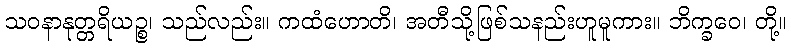
သဝနာနုတ္တရိယဉ္စ၊ သည်လည်း။ ကထံဟောတိ၊ အတီသို့ဖြစ်သနည်းဟူမူကား။ ဘိက္ခဝေ၊ တို့။